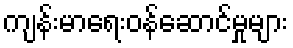
ကျန်းမာရေးဝန်ဆောင်မှုများ